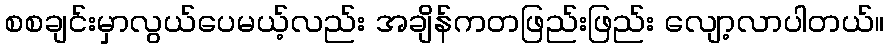
စစချင်းမှာလွယ်ပေမယ့်လည်း အချိန်ကတဖြည်းဖြည်း လျော့လာပါတယ်။